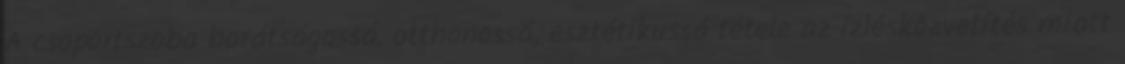
A csoportszoba barátságossá, otthonossá, esztétikussá tétele az ízlésközvetítés miatt